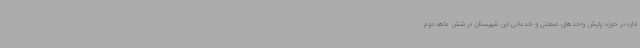
اداره در حوزه پایش واحدهای صنعتی و خدماتی این شهرستان در شش ماهه دوم